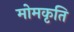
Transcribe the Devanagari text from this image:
मोमकृति